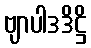
ဗျာပါဒဒိဋ္ဌိ